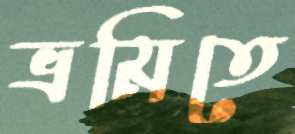
ভ্রমিতে